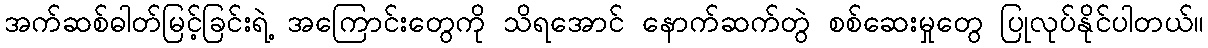
အက်ဆစ်ဓါတ်မြင့်ခြင်းရဲ့ အကြောင်းတွေကို သိရအောင် နောက်ဆက်တွဲ စစ်ဆေးမှုတွေ ပြုလုပ်နိုင်ပါတယ်။